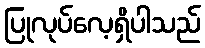
ပြုလုပ်လေ့ရှိပါသည်